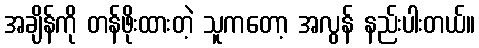
အချိန်ကို တန်ဖိုးထားတဲ့ သူကတော့ အလွန် နည်းပါးတယ်။